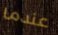
عندما